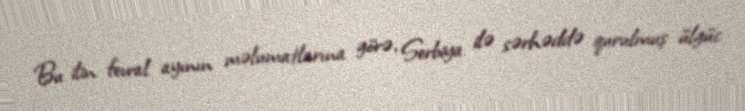
Bu ilin fevral ayının məlumatlarına görə, Serbiya ilə sərhəddə qurulmuş ülgüc